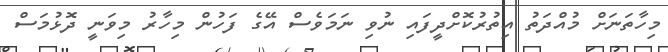
މިހާތަނަށް މުއްދަތު އިތުރުކޮށްދީފައި ނުވި ނަމަވެސް އޭގެ ފަހުން މިހާރު މިވަނީ ދޮޅުމަސް